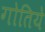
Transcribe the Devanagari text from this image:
गोतिये